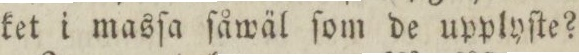
ket i masſa ſåwäl ſom de upplyſte?